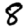
Digit: 8